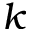
\boldsymbol { k }